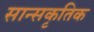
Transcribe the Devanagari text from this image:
सान्सकृतिक